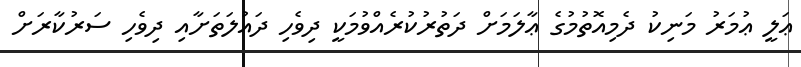
ޢަލީ ޢުމަރު މަނިކު ދެމިއޮތުމުގެ ޢާލަމަށް ދަތުރުކުރެއްވުމަކީ ދިވެހި ދައުލަތަށާއި ދިވެހި ސަރުކާރަށް